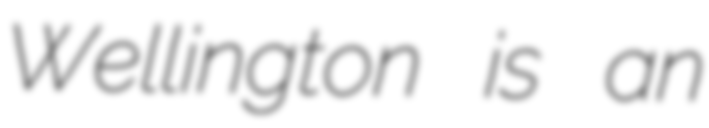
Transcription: Wellington is an